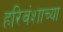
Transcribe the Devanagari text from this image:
हरिवंशाच्या